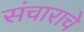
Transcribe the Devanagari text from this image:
संचाराचे